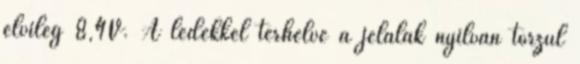
elvileg 8,4V. A ledekkel terhelve a jelalak nyilván torzul